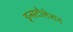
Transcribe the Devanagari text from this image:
इन्सटौलेशन